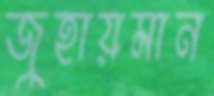
জুহায়মান